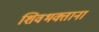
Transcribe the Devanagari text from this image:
शिवभक्ताना